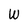
Character: W